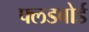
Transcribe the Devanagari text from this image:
फ्लडबोर्ड